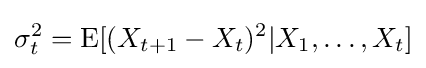
\sigma _{t}^{2}=\operatorname {E} [(X_{t+1}-X_{t})^{2}|X_{1},\ldots ,X_{t}]